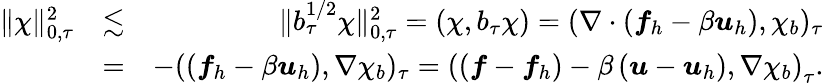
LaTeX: \begin{array}{rlr}{\| \chi\| _{0,\tau}^{2}}&{\lesssim}&{\| b_{\tau}^{1/2}\chi\| _{0,\tau}^{2}=(\chi,b_{\tau}\chi)=(\nabla\cdot\left(\boldsymbol{f}_{h}-\beta\boldsymbol{u}_{h}\right),\chi_{b})_{\tau}}\\ &{=}&{-(\left(\boldsymbol{f}_{h}-\beta\boldsymbol{u}_{h}\right),\nabla\chi_{b})_{\tau}=\left(\left(\boldsymbol{f}-\boldsymbol{f}_{h}\right)-\beta\left(\boldsymbol{u}-\boldsymbol{u}_{h}\right),\nabla\chi_{b}\right)_{\tau}.}\end{array}